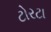
ટોરટા